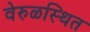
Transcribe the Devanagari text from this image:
वेरुळस्थित